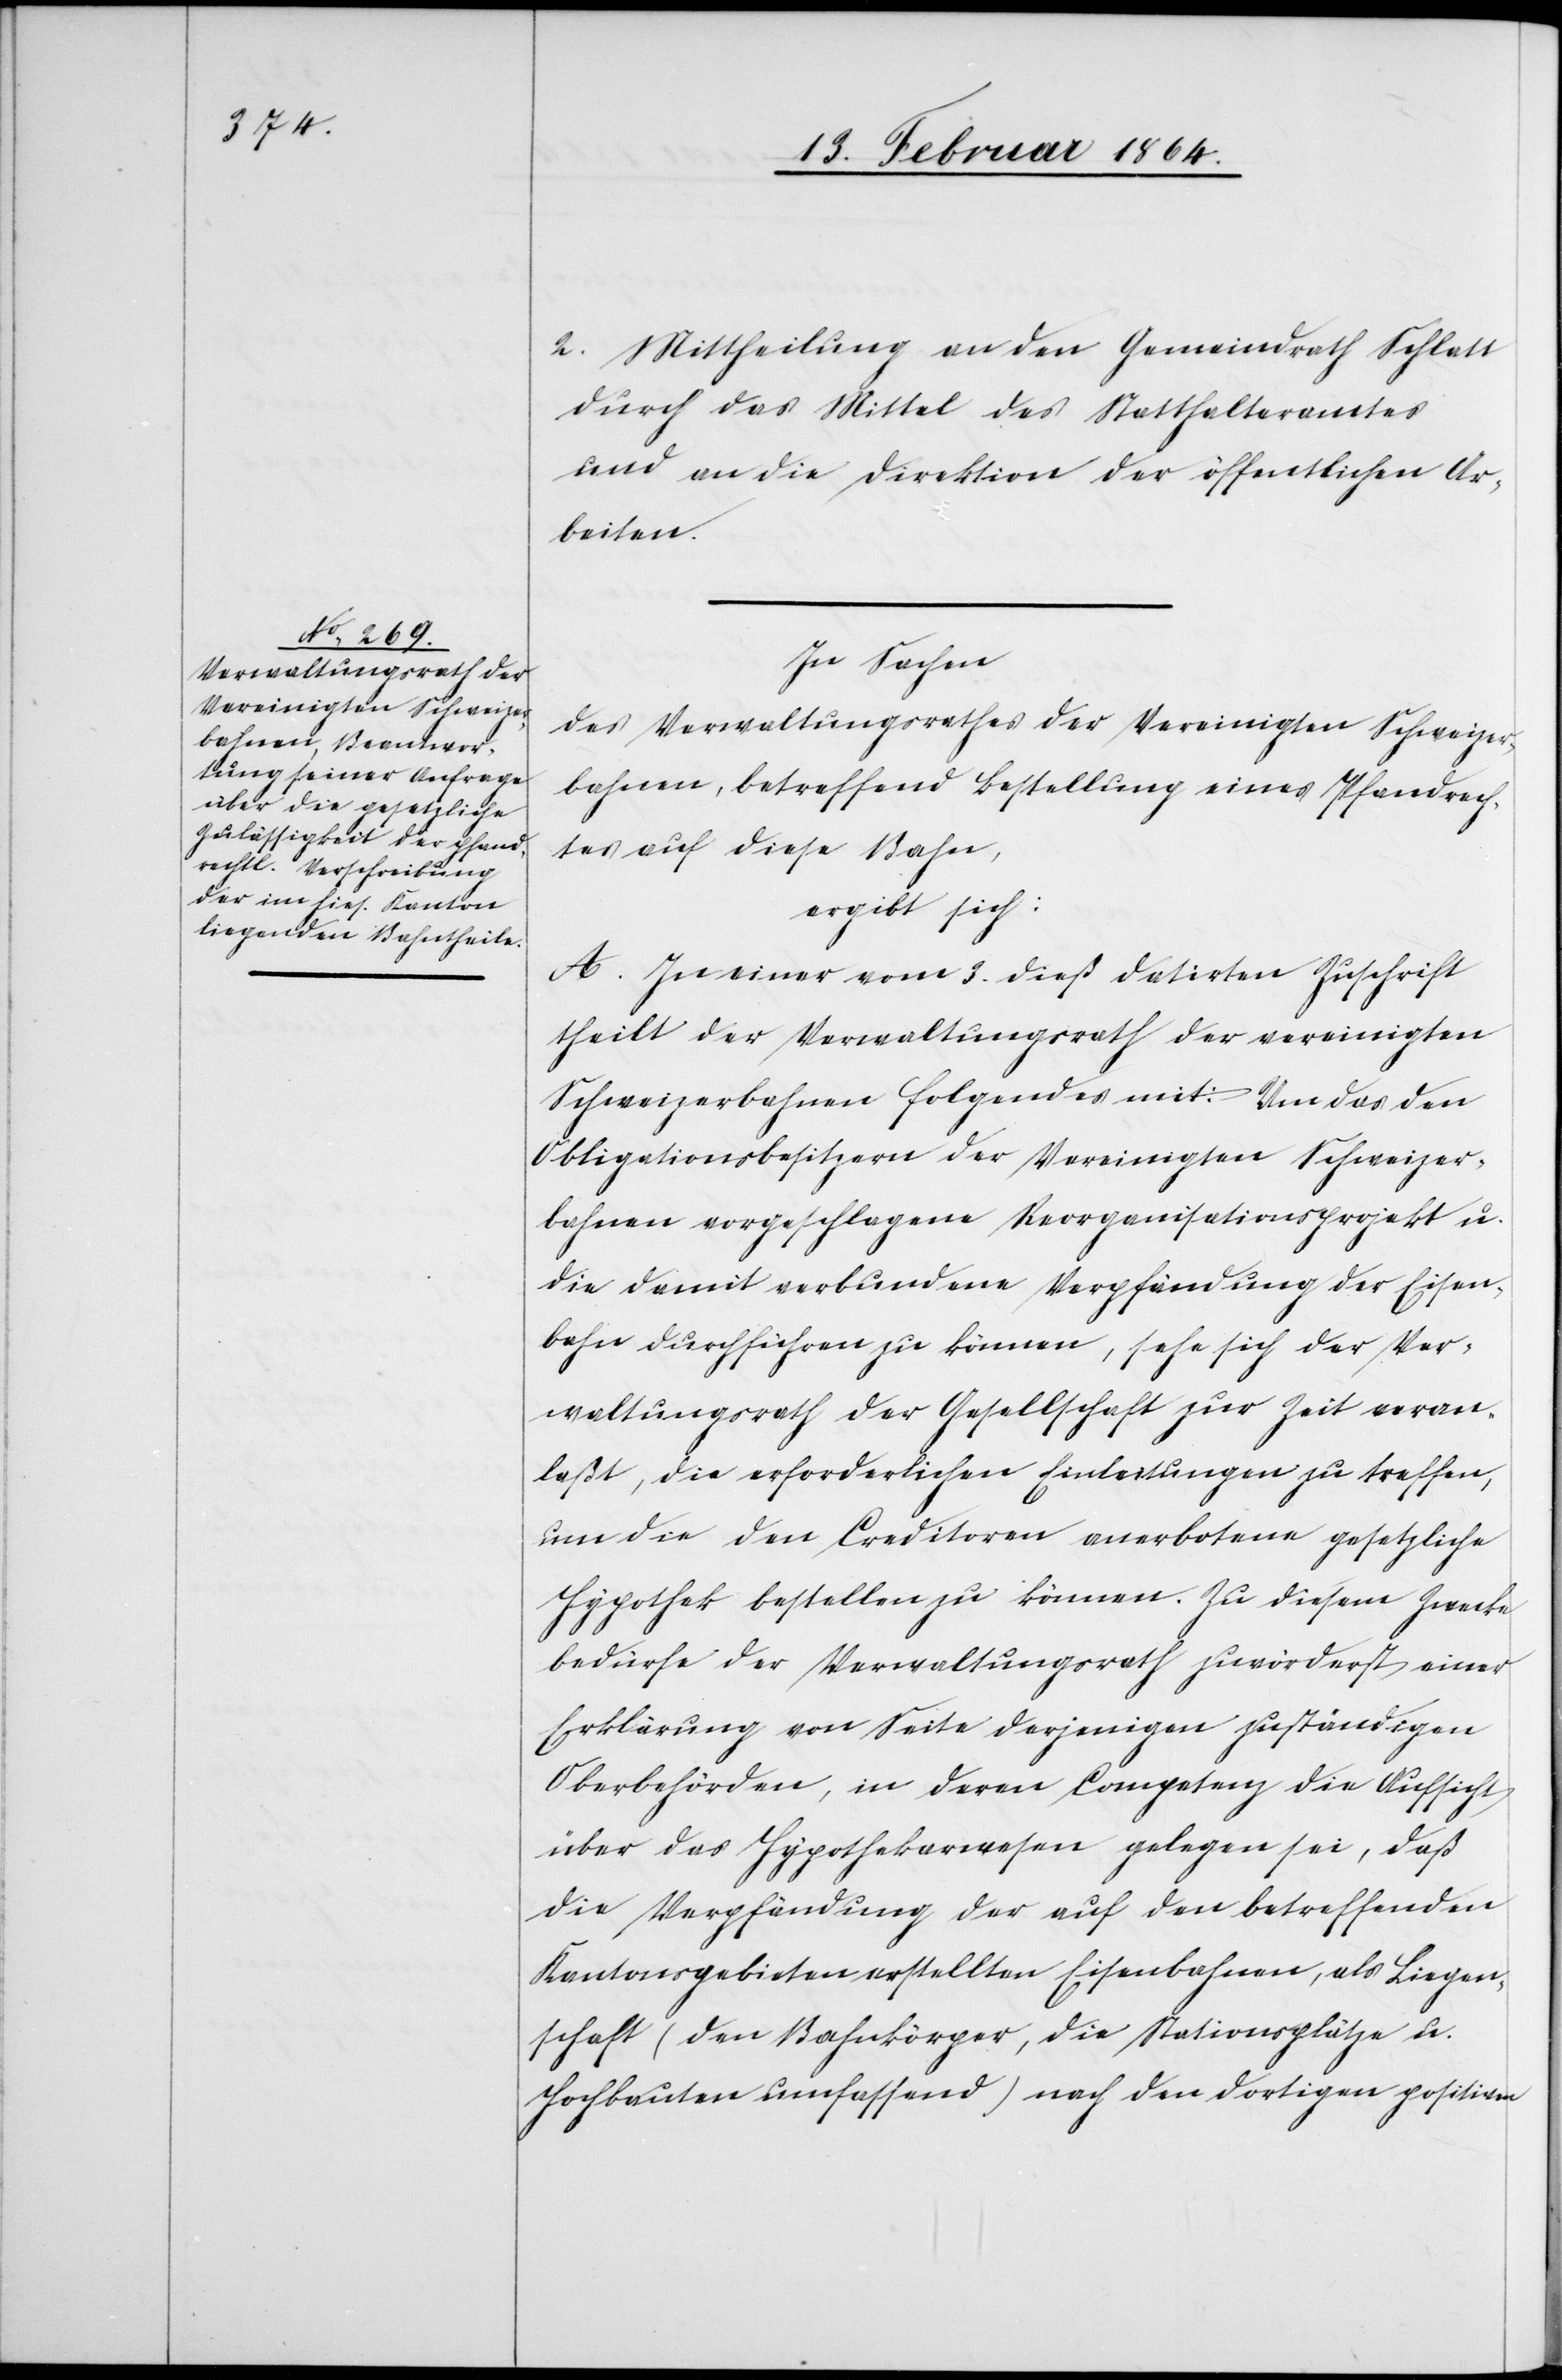
2. Mittheilung an den Gemeindrath Schlatt
durch das Mittel des Statthalteramtes
und an die Direktion der öffentlichen Ar¬
beiten.
In Sachen
des Verwaltungsrathes der Vereinigten Schweizer¬
bahnen, betreffend Bestellung eines Pfandrech¬
tes auf diese Bahn,
ergibt sich:
A. In einer vom 3. dieß datirten Zuschrift
theilt der Verwaltungsrath der vereinigten
Schweizerbahnen folgendes mit: Um das den
Obligationsbesitzern der Vereinigten Schweizer¬
bahnen vorgeschlagene Reorganisationsprojekt u.
die damit verbundene Verpfändung der Eisen¬
bahn durchführen zu können, sehe sich der Ver¬
waltungsrath der Gesellschaft zur Zeit veran¬
laßt, die erforderlichen Einleitungen zu treffen,
um die den Creditoren anerbotene gesetzliche
Hypothek bestellen zu können. Zu diesem Zwecke
bedürfe der Verwaltungsrath zuvorderst einer
Erklärung von Seite derjenigen zuständigen
Oberbehörden, in deren Competenz die Aufsicht
über das Hypothekarwesen gelegen sei, daß
die Verpfändung der auf den betreffenden
Kantonsgebieten erstellten Eisenbahnen, als Liegen¬
schaft (den Bahnkörper, die Stationsplätze u.
Hochbauten umfassend) nach den dortigen positiven